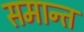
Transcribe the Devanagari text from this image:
समान्त